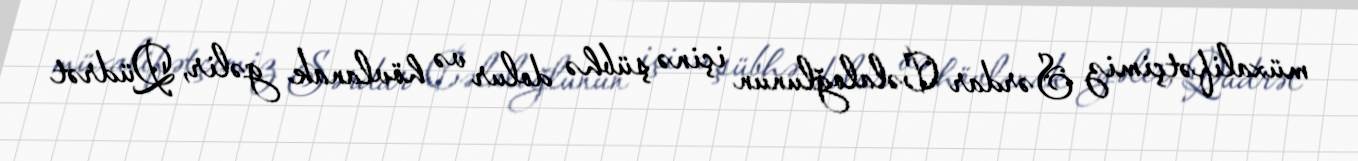
müxalifətçimiz Sərdar Cəlaloğlunun içinə şübhə dolur və hövlanak gəlir, Qüdrət